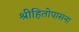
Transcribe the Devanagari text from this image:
श्रीहितोपासना